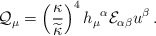
\begin{align*}{\cal Q}_\mu=\left({{\kappa}\over\widetilde\kappa}\right)^4h_\mu{}^\alpha{\cal E}_{\alpha\beta}u^\beta\,.\end{align*}